Account of plague administration in the Bombay Presidency from September 1896 till May 1897
Year: 1896
Disease focus: Plague
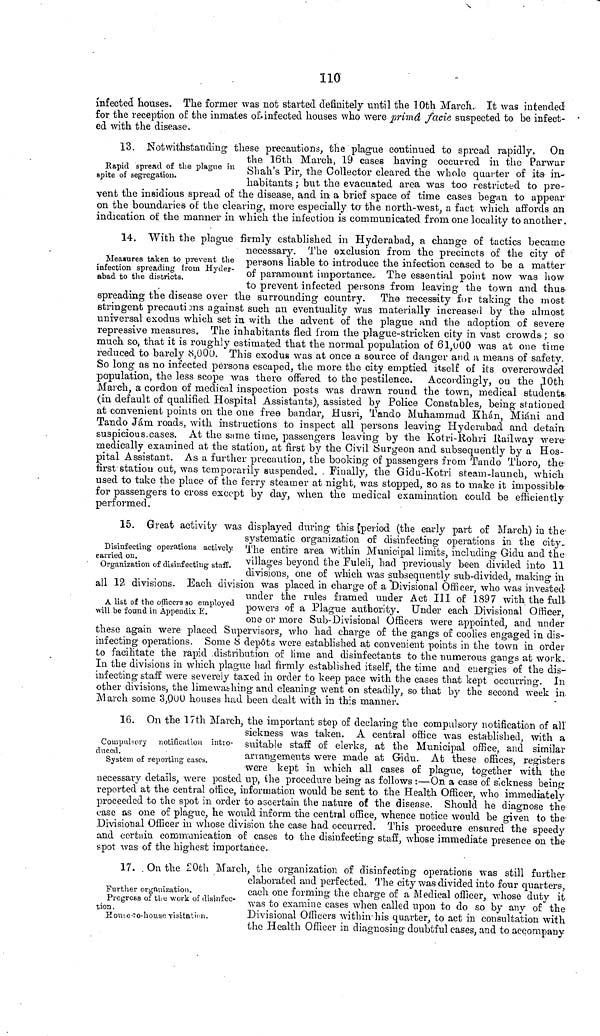
110
infected houses. The former was not started definitely until the 10th March. It was intended
for the reception of the inmates of.infected houses who were prima facie suspected to be infect-
ed with the disease.
Rapid spread of the plague in
spite of segregation.
13. Notwithstanding these precautions, the plague continued to spread rapidly. On
the 16th March, 19 cases having occurred in the Parwar
Shah's Pir, the Collector cleared the whole quarter of its in-
habitants ; but. the evacuated area was too restricted to pre-
vent the insidious spread of the disease, and in a brief space of time cases began to appear
on the boundaries of the clearing, more especially to' the north-west, a fact which affords an
indication of the manner in which the infection is communicated from, one locality to another.
Measures taken to prevent the
infection spreading from Hyder-
abad to the districts.
14. With the plague firmly established in Hyderabad, a change of tactics became
necessary. The exclusion from the precincts of the city of
persons liable to introduce the infection ceased to be a matter
of paramount importance. The essential point now was how
to prevent infected persons from leaving the town and thus
spreading the disease over the surrounding country. The necessity for taking the most
stringent precautions against such an eventuality was materially increased by the almost
universal exodus which set in with the advent of the plague and the adoption of severe
repressive measures. The inhabitants fled from the plague-stricken city in vast crowds ; so
much so, that it is roughly estimated that the normal population of 61,000 was at one time
reduced to barely 8,000. This exodus was at once a source of danger and a means of safety.
So long as no infected persons escaped, the more the city emptied itself of its overcrowded
population, the less scope was there offered to the pestilence. Accordingly, on the ,10th
March, a cordon of medical inspection posts was drawn round the town, medical students
(in default of qualified Hospital Assistants), assisted by Police Constables, being stationed
at convenient points on the one free bandar, Husri, Tando Muhammad Khan, Miáni and
Tando Jam roads, with instructions to inspect all persons leaving Hyderabad and detain
suspicious.cases. At the same time, passengers leaving by the Kotri-Rohri Railway were·
medically examined at the station, at first by the Civil Surgeon and subsequently by a Hos-
pital Assistant. As a further precaution, the booking of passengers from Tando Thoro, the
first station out, was temporarily suspended. Finally, the Gidu-Kotri steam-launch, which
used to take the place of the ferry steamer at night, was stopped, so as to make it impossible
for passengers to cross except by day, when the medical examination could be efficiently
performed.
Disinfecting operations actively
carried on.
Organization of disinfecting staff.
15. Great activity was displayed during this [period (the early part of March) in the-
systematic organization of disinfecting operations in the city.
The entire area within Municipal limits, including Gidu and the
villages beyond the Fuleli, had previously been divided into 11
divisions, one of which was subsequently sub-divided, making in
all 12 divisions. Each division was placed in charge of a "Divisional_ Officer, who was invested
A list of the officers so employed
will be found in Appendix E.
under the rules framed under Act I11 of 1897 with the full-
powers of a Plague authority. Under each Divisional Officer,
one or more Sub-Divisional Officers were appointed, and under
these again were placed Supervisors" who had charge of the gangs of coolies engaged in dis-
infecting operations. Some 8 depots were established at convenient points in the town in order
to facilitate the rapid .distribution of lime and disinfectants to the numerous gangs at work.
In the divisions in which plague had firmly established itself, the time and euergies of the dis-
infecting staff were severely taxed in order to keep pace with the cases that kept occurring. In
other divisions, the limewashing and cleaning went on steadily, so that by the second week in
March some 3,000 houses had been dealt with in this manner.
Compulsory notification intro-
duced.
System of reporting cases.
16. On the 17th March, the important step of declaring the compulsory notification of all
sickness was taken. A central office was established, with a
suitable staff of clerks, at the Municipal office, and similar
arrangements were made at Gidu. At these offices, registers
were kept in which all cases of plague, together with the
necessary details, were posted up, the procedure being as follows :—On a case of sickness being
reported at the central office, information would be sent to the Health Officer, who immediately
proceeded to the spot in order to ascertain the nature of the disease. Should he diagnose the-
oase as one of plague, he would inform the central office, whence notice would be given to the-
Divisional Officer in whose division the case had occurred. This procedure ensured the speedy
and certain communication of cases to the disinfecting staff, whose immediate presence on the
spot was of the highest importance.
Further organization.
Progress of the work of disinfec-
tion .
House-to-house visitation.
17. On the 20th March, the organization of disinfecting operations was still further
elaborated and perfected. The city was divided into four quarters,
each one forming the charge of a Medical officer, whose duty it
was to examine cases when called upon to do so by any of the
Divisional Officers within his quarter, to act in consultation with
the Health Officer in diagnosing doubtful cases, and to accompany